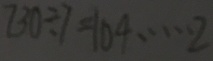
7 3 0 \div 7 = 1 0 4 \cdots 2